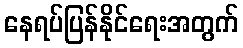
နေရပ်ပြန်နိုင်ရေးအတွက်